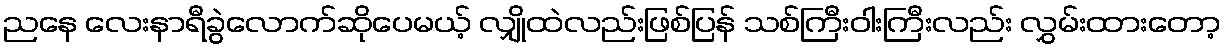
ညနေ လေးနာရီခွဲလောက်ဆိုပေမယ့် လျှိုထဲလည်းဖြစ်ပြန် သစ်ကြီးဝါးကြီးလည်း လွှမ်းထားတော့